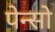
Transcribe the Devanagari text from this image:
पेन्सो